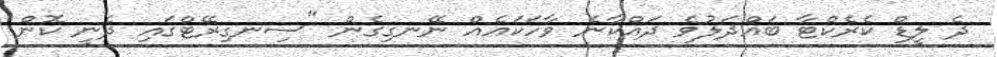
ދެ ލީޑް ކެރެކްޓާ ބައްދަލުވެ ދައްކާނެ ވާހަކައެއް ނޭނގިގެން "ސިނގިރޭޓްގައި ދެނީ ކޮން